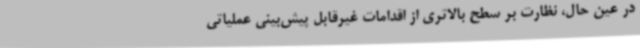
در عین حال، نظارت بر سطح بالاتری از اقدامات غیرقابل پیش‌بینی عملیاتی